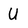
Character: U